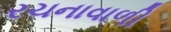
રચનાવાળી